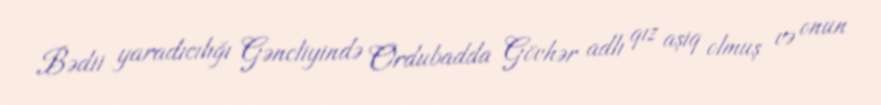
Bədii yaradıcılığı Gəncliyində Ordubadda Gövhər adlı qız aşiq olmuş və onun